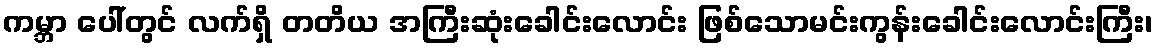
ကမ္ဘာ ပေါ်တွင် လက်ရှိ တတိယ အကြီးဆုံးခေါင်းလောင်း ဖြစ်သောမင်းကွန်းခေါင်းလောင်းကြီး၊